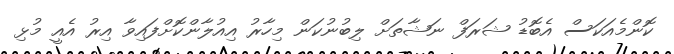
ކޮންމެއަކަސް އެބޮޑު ޝަރަފް ނަޝާތަށް ލިބުނުކަން މިހާރު އިއުލާންކޮށްފައިވާ އިރު އެއީ މުޅި